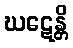
ဃဋေန္တိ